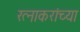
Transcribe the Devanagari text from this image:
रत्नाकरांच्या